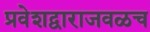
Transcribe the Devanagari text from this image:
प्रवेशद्वाराजवळच